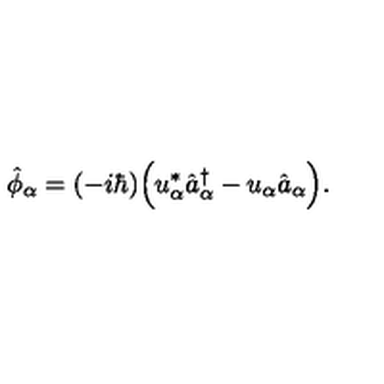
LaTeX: \hat { \phi } _ { \alpha } = ( - i \hbar ) \Bigl ( u _ { \alpha } ^ { * } \hat { a } _ { \alpha } ^ { \dagger } - u _ { \alpha } \hat { a } _ { \alpha } \Bigr ) .